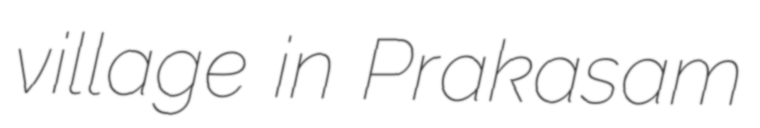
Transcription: village in Prakasam